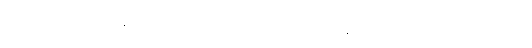
လက်ရှိအလုပ်မှာ သာမန် လုပ်ရိုးလုပ်စဉ် အလုပ်တစ်ခု ဖြစ်သော်လည်း အာကာသထဲတွင် မည်သည်ကိုမှ